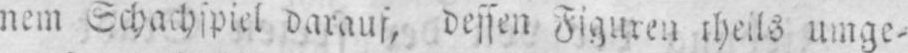
umge⸗